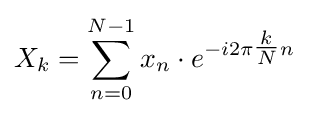
X_{k}=\sum _{n=0}^{N-1}x_{n}\cdot e^{-i2\pi {\tfrac {k}{N}}n}